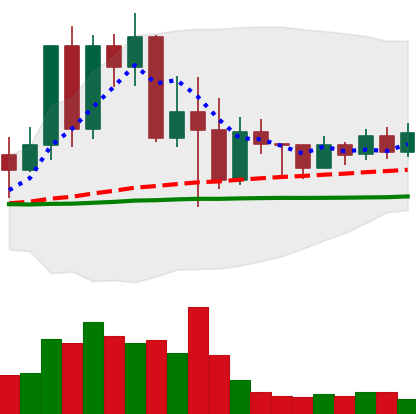
Ticker: TRX-USD
Chart end date: 2022-05-21
Forward return: 11.206%
Label: up_7plus